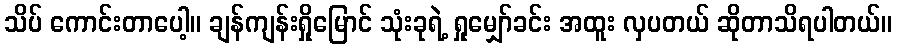
သိပ် ကောင်းတာပေါ့။ ချန်ကျန်းရှိုမြောင် သုံးခုရဲ့ ရှုမျှော်ခင်း အထူး လှပတယ် ဆိုတာသိရပါတယ်။